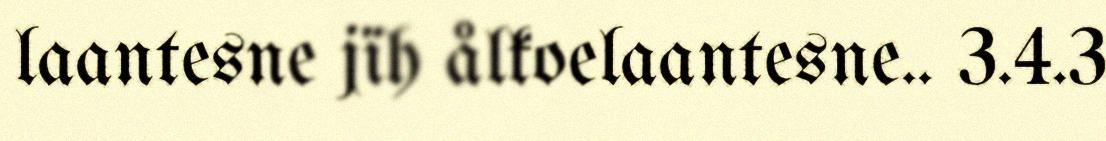
laantesne jïh ålkoelaantesne.. 3.4.3